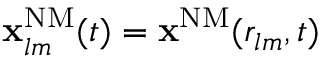
\mathbf { x } _ { l m } ^ { \mathrm { { N M } } } ( t ) = \mathbf { x } ^ { \mathrm { { N M } } } ( r _ { l m } , t )